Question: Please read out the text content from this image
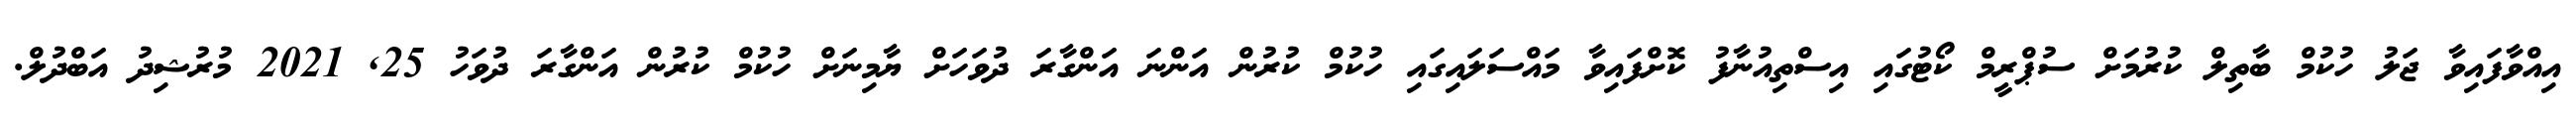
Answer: އިއްވާފައިވާ ޖަލު ހުކުމް ބާތިލް ކުރުމަށް ސުޕްރީމް ކޯޓުގައި އިސްތިއުނާފު ކޮށްފައިވާ މައްސަލައިގައި ހުކުމް ކުރުން އަންނަ އަންގާރަ ދުވަހަށް ޔާމިނަށް ހުކުމް ކުރުން އަންގާރަ ދުވަހު 25, 2021 މުރުޝިދު އަބްދުލް.